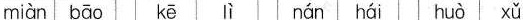
miàn bāo kē lì nán hái huò xǔ